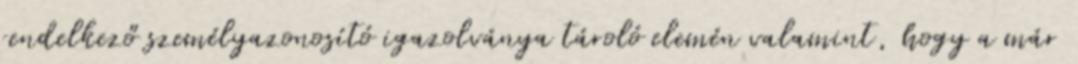
rendelkező személyazonosító igazolványa tároló elemén valamint, hogy a már